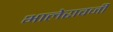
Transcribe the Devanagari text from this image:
भालेरावजी